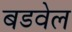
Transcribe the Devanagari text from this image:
बडवेल